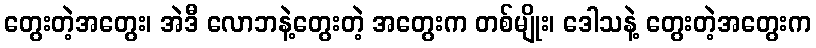
တွေးတဲ့အတွေး၊ အဲဒီ လောဘနဲ့တွေးတဲ့ အတွေးက တစ်မျိုး၊ ဒေါသနဲ့ တွေးတဲ့အတွေးက